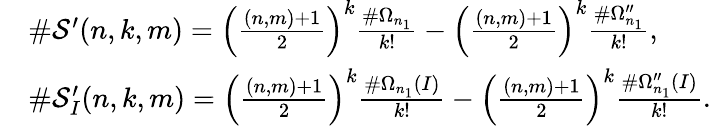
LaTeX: \begin{array}{rl}&{\# \mathcal{S}^{\prime}(n,k,m)=\left(\frac{(n,m)+1}{2}\right)^{k}\frac{\# \Omega_{n_{1}}}{k!}-\left(\frac{(n,m)+1}{2}\right)^{k}\frac{\# \Omega_{n_{1}}^{\prime\prime}}{k!},}\\ &{\# \mathcal{S}_{I}^{\prime}(n,k,m)=\left(\frac{(n,m)+1}{2}\right)^{k}\frac{\# \Omega_{n_{1}}(I)}{k!}-\left(\frac{(n,m)+1}{2}\right)^{k}\frac{\# \Omega_{n_{1}}^{\prime\prime}(I)}{k!}.}\end{array}